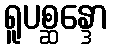
ရူပစ္ဆန္ဒော